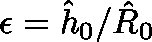
\mathbf { \epsilon } = \hat { h } _ { 0 } / \hat { R } _ { 0 }